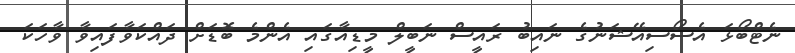
ނެޓްބޯޅަ އެސޯސިއޭޝަނުގެ ނައިބު ރައީސް ނަބީލް މީޑިއާގައި އެންމެ ބޮޑަށް ދައްކަވާފައިވާ ވާހަކަ